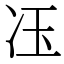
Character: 鿑